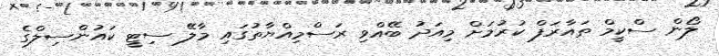
ލޯން ސްކީމް ތައާރަފް ކުރުމަށް މިއަދު ބޭއްވި ރަސްމިއްޔާތުގައި މާލޭ ސިޓީ ކައުންސިލްގެ